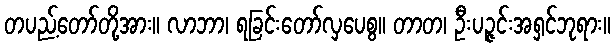
တပည့်တော်တို့အား။ လာဘာ၊ ရခြင်းတော်လှပေစွ။ တာတ၊ ဦးပဉ္ဇင်းအရှင်ဘုရား။